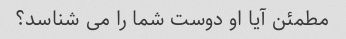
مطمئن آیا او دوست شما را می شناسد؟